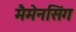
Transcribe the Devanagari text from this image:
मैमेनसिंग